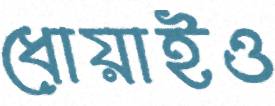
ধোয়াইও